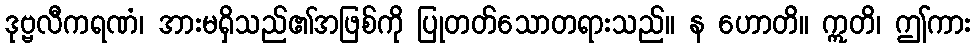
ဒုဗ္ဗလီကရဏံ၊ အားမရှိသည်၏အဖြစ်ကို ပြုတတ်သောတရားသည်။ န ဟောတိ။ ဣတိ၊ ဤကား